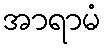
အာရာမံ